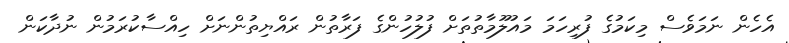
އެހެން ނަމަވެސް މިކަމުގެ ފުރިހަމަ މައުލޫމާތުތަށް ފުލުހުންގެ ފަރާތުން ރައްޔިތުންނަށް ހިއްސާކުރަމުން ނުދާކަން